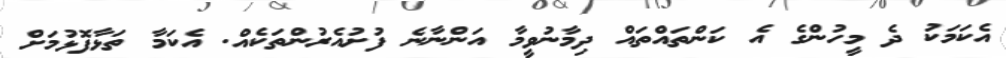
އެކަމަކު ދެ މީހުންގެ އެ ކަންތައްތައް ދިމާނުވީމާ އަންނާނެ ފުށުއެރުންތަކެއް. އެކަމާ ތަޅާފޮޅުމަށް